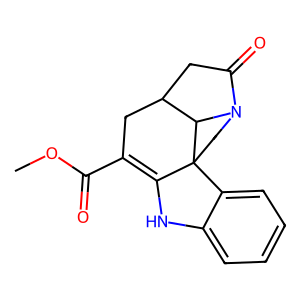
SMILES: COC(=O)C1=C2Nc3ccccc3C23CCN2C(=O)CC(C1)C23
Inhibits HIV replication: No